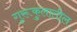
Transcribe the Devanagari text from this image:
गुरूकुलातील